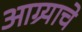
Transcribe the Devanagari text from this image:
आग्र्याचे